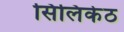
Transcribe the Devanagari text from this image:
सिलिकेठ